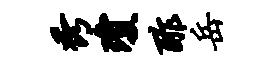
秀琼酢岳